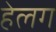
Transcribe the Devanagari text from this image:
हेलग